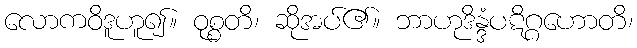
လောကဝိဒူဟူ၍။ ဝုစ္စတိ၊ ဆိုအပ်၏။ ဘာဟုဒိန္ဒံပဋိဂ္ဂဟောတိ၊